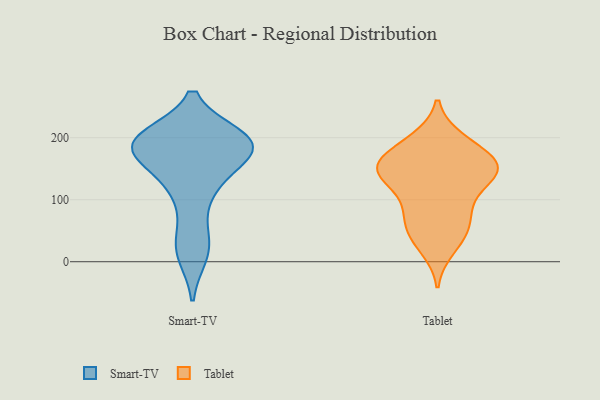
{"axis": {"x": "Website Visitors", "y": "Value"}, "legend": ["Smart-TV", "Tablet"], "data": [{"x": "", "y": 184, "type": "Smart-TV"}, {"x": "", "y": 173, "type": "Smart-TV"}, {"x": "", "y": 200, "type": "Smart-TV"}, {"x": "", "y": 190, "type": "Smart-TV"}, {"x": "", "y": 133, "type": "Smart-TV"}, {"x": "", "y": 197, "type": "Smart-TV"}, {"x": "", "y": 185, "type": "Smart-TV"}, {"x": "", "y": 12, "type": "Smart-TV"}, {"x": "", "y": 191, "type": "Smart-TV"}, {"x": "", "y": 108, "type": "Smart-TV"}, {"x": "", "y": 35, "type": "Smart-TV"}, {"x": "", "y": 60, "type": "Tablet"}, {"x": "", "y": 93, "type": "Tablet"}, {"x": "", "y": 91, "type": "Tablet"}, {"x": "", "y": 143, "type": "Tablet"}, {"x": "", "y": 153, "type": "Tablet"}, {"x": "", "y": 22, "type": "Tablet"}, {"x": "", "y": 165, "type": "Tablet"}, {"x": "", "y": 143, "type": "Tablet"}, {"x": "", "y": 195, "type": "Tablet"}, {"x": "", "y": 75, "type": "Tablet"}, {"x": "", "y": 132, "type": "Tablet"}, {"x": "", "y": 159, "type": "Tablet"}, {"x": "", "y": 148, "type": "Tablet"}, {"x": "", "y": 197, "type": "Tablet"}, {"x": "", "y": 38, "type": "Tablet"}, {"x": "", "y": 144, "type": "Tablet"}, {"x": "", "y": 182, "type": "Tablet"}, {"x": "", "y": 144, "type": "Tablet"}, {"x": "", "y": 48, "type": "Tablet"}]}